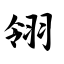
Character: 翎